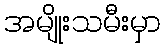
အမျိုးသမီးမှာ